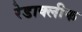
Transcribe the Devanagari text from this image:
रेडाक्लीफ